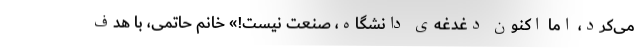
می‌کرد، اما اکنون دغدغه‌ی دانشگاه، صنعت نیست!» خانم حاتمی، با هدف